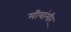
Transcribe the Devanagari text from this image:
मीयांमीर